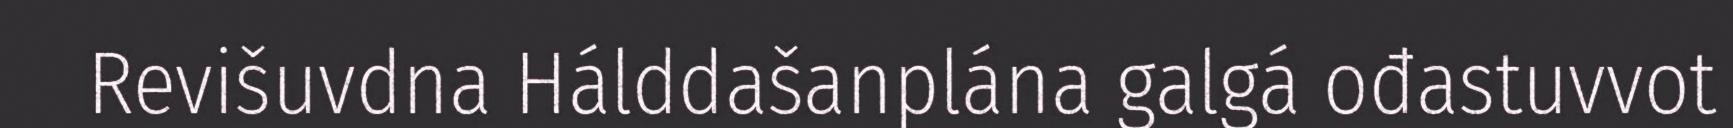
Revišuvdna Hálddašanplána galgá ođastuvvot